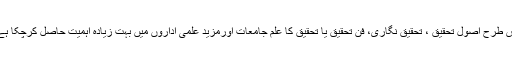
اس طرح اصول تحقیق ، تحقیق نگاری، فن تحقیق یا تحقیق کا علم جامعات اورمزید علمی اداروں میں بہت زیادہ اہمیت حاصل کرچکا ہے۔